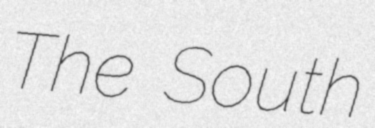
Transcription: The South